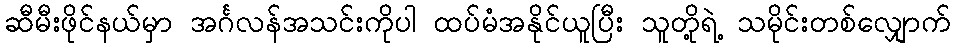
ဆီမီးဖိုင်နယ်မှာ အင်္ဂလန်အသင်းကိုပါ ထပ်မံအနိုင်ယူပြီး သူတို့ရဲ့ သမိုင်းတစ်လျှောက်